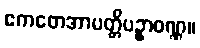
ဧကတေအာပတ္တိပဥှာဝဏ္ဏ။